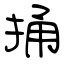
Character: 捅